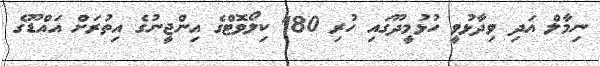
ނިމާލް އަދި ވިދާޅުވީ ހުޅުމީދޫގައި ހުރި 180 ކިލޯވޮޓްގެ އިންޖީނުގެ އިތުރަށް އައްޑޫގެ